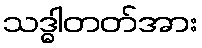
သဒ္ဓါတတ်အား